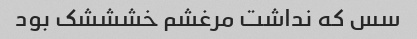
سس که نداشت مرغشم خشششک بود